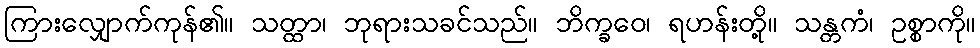
ကြားလျှောက်ကုန်၏။ သတ္ထာ၊ ဘုရားသခင်သည်။ ဘိက္ခဝေ၊ ရဟန်းတို့။ သန္တကံ၊ ဥစ္စာကို။